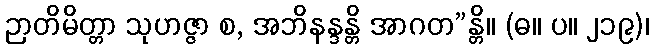
ဉာတိမိတ္တာ သုဟဇ္ဇာ စ, အဘိနန္ဒန္တိ အာဂတ”န္တိ။ (ဓ။ ပ။ ၂၁၉)၊